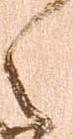
之